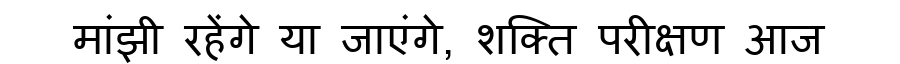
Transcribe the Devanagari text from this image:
मांझी रहेंगे या जाएंगे, शक्ति परीक्षण आज